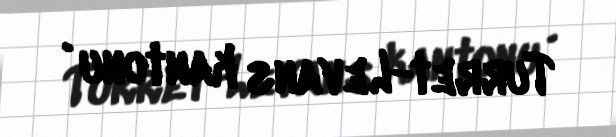
Turret-Levans kantonu .